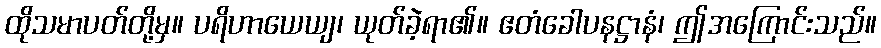
ထိုသမာပတ်တို့မှ။ ပရိဟာယေယျ၊ ယုတ်ခဲ့ရာ၏။ ဧတံခေါပနဋ္ဌာနံ၊ ဤအကြောင်းသည်။